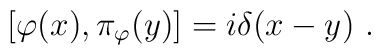
[\varphi(x),\pi_\varphi(y)]=i\delta(x-y)\ .